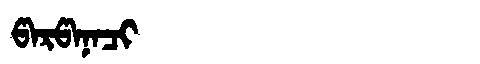
Manchu: ᡦᠠᡵᡦᠠᠨᠠᠴᡳ
Romanization: PARPANACI